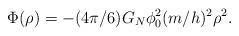
LaTeX: \begin{align*}\Phi (\rho )=-(4\pi /6)G_N\phi _0^2(m/h)^2\rho ^2. \end{align*}